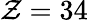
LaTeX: \mathcal{Z}=34